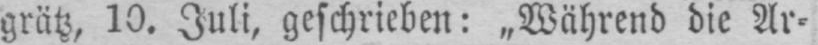
grätz, 10. Juli, geschrieben: „Während die Ar⸗